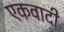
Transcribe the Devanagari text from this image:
एकवादी